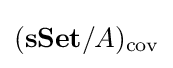
(\mathbf {sSet} /A)_{\mathrm {cov} }